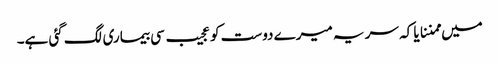
میں ممننایا کہ سر یہ میرے دوست کو عجیب سی بیماری لگ گئی ہے۔